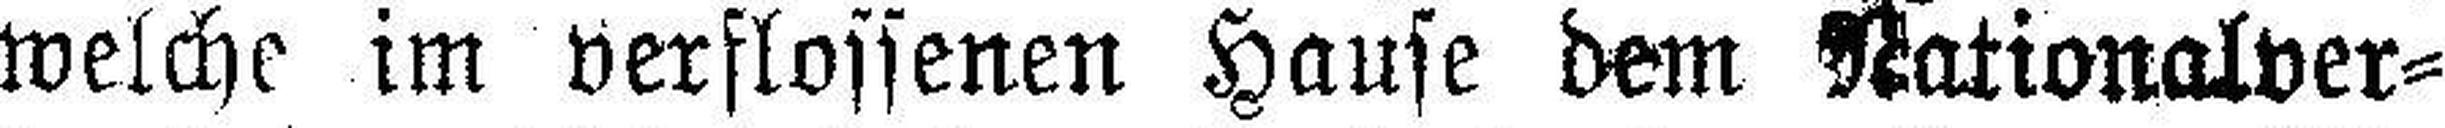
welche im verflossenen Hause dem Nationalver¬